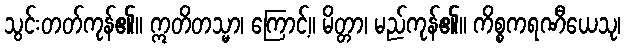
သွင်းတတ်ကုန်၏။ ဣတိတသ္မာ၊ ကြောင့်။ မိတ္တာ၊ မည်ကုန်၏။ ကိစ္စကရဏီယေသု၊